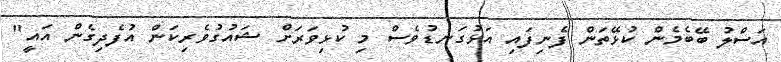
އަސްލު ބޭބެމެން ކުޅޭތަން ފެނިފައި އަޅުގަނޑުވެސް މި ކުޅިވަރަށް ޝައުގުވެރިކަން އުފެދިގެން އައީ"